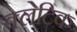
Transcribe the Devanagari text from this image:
क्लेटिक